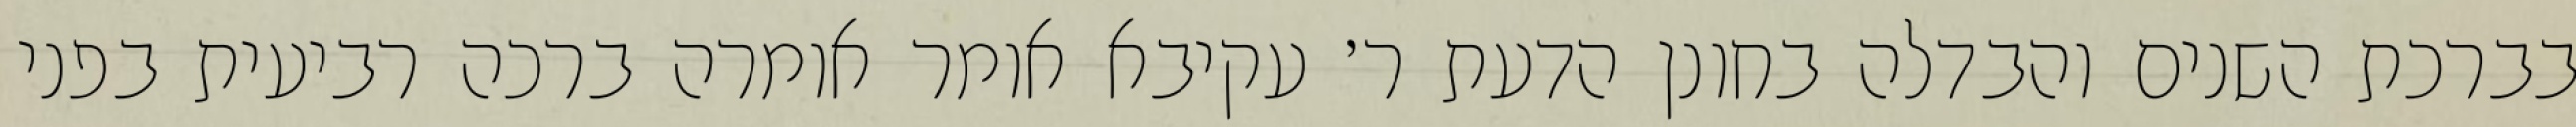
בברכת השנים והבדלה בחונן הדעת ר׳ עקיבא אומר אומרה ברכה רביעית בפני